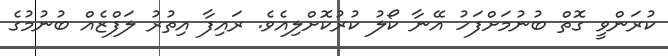
ކުރަންވީ ގޮތް ބުނުމަށްފަހު އޭނާ ކޯލު ކުރުކޮށްލިއެވެ. ރައިފާ އިތުރު ލަފްޒެއް ބުނުމުގެ